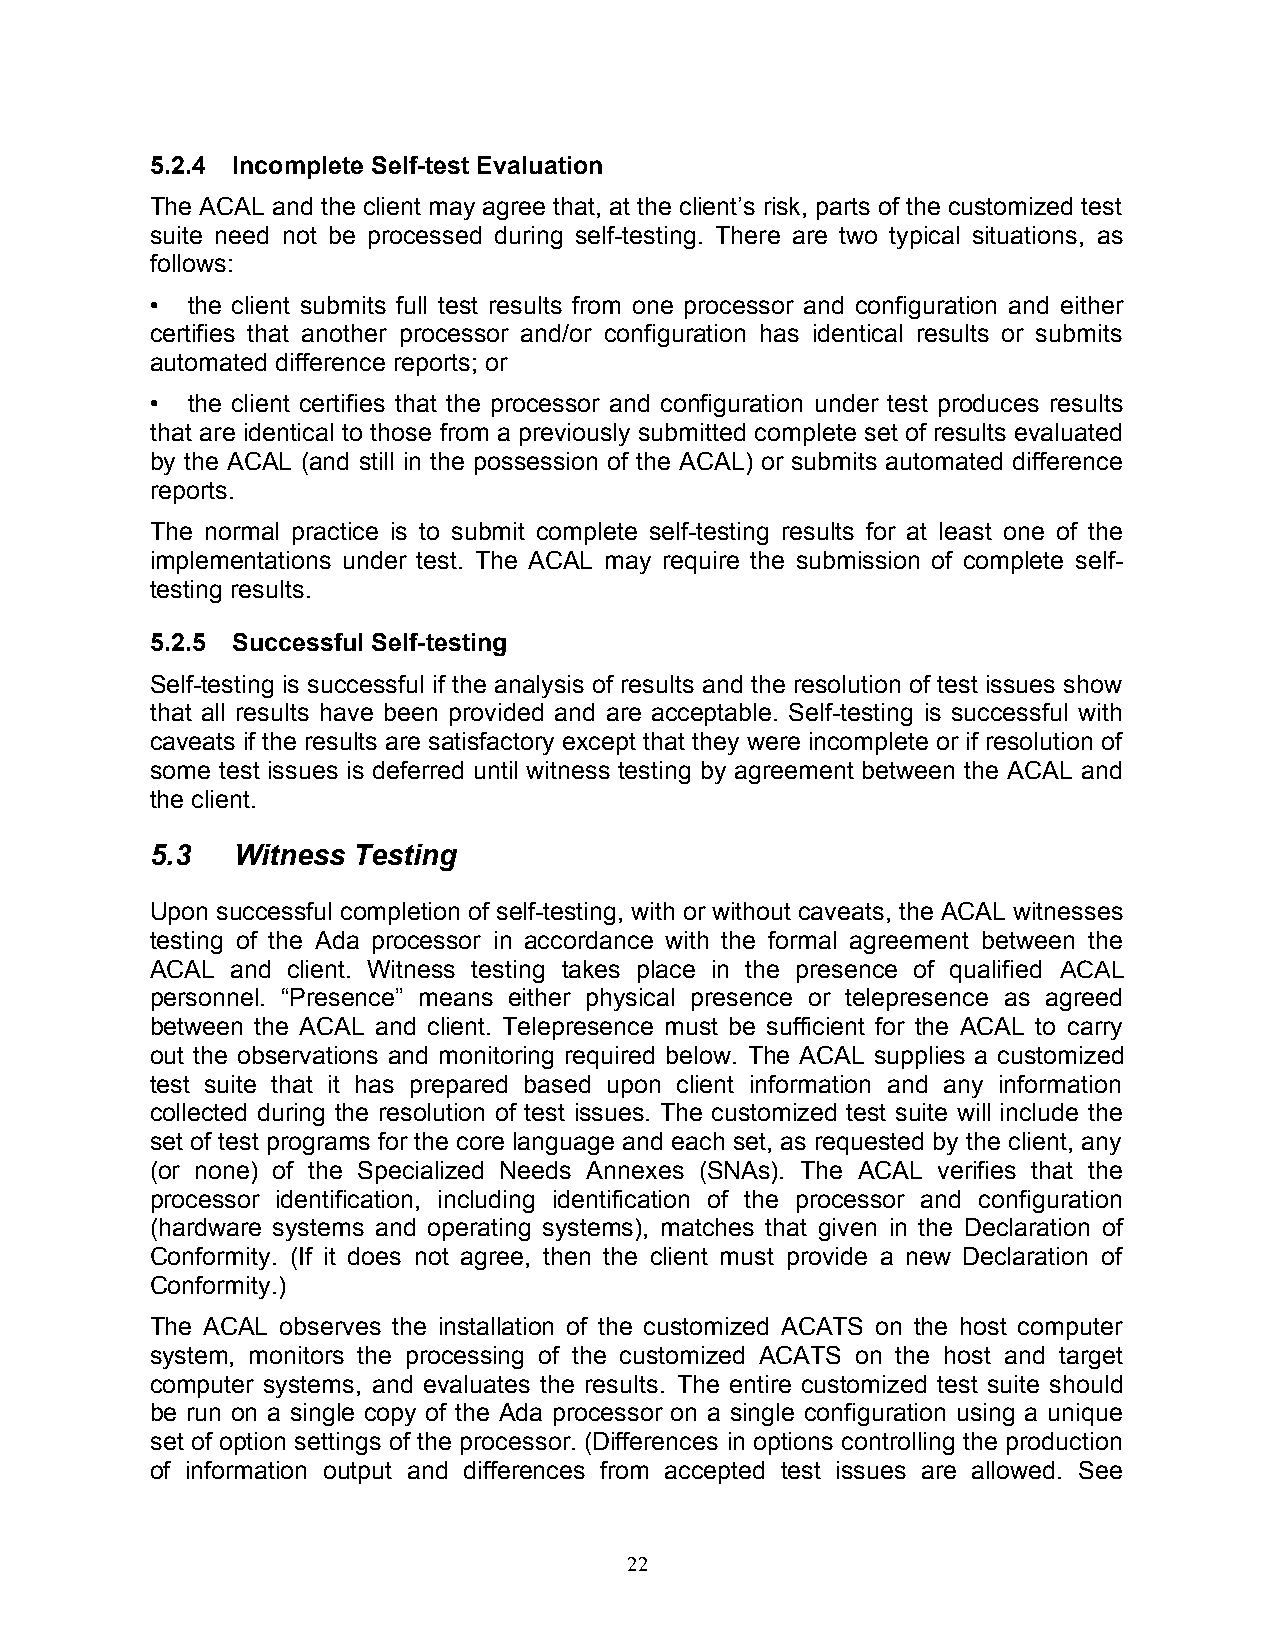
5.2.4 Incomplete Self-test Evaluation
 The ACAL and the client may agree that, at the client’s risk, parts of the customized test
 suite need not be processed during self-testing. There are two typical situations, as
 follows:
 • the client submits full test results from one processor and configuration and either
 certifies that another processor and/or configuration has identical results or submits
 automated difference reports; or
 • the client certifies that the processor and configuration under test produces results
 that are identical to those from a previously submitted complete set of results evaluated
 by the ACAL (and still in the possession of the ACAL) or submits automated difference
 reports.
 The normal practice is to submit complete self-testing results for at least one of the
 implementations under test. The ACAL may require the submission of complete self-
 testing results.
 5.2.5 Successful Self-testing
 Self-testing is successful if the analysis of results and the resolution of test issues show
 that all results have been provided and are acceptable. Self-testing is successful with
 caveats if the results are satisfactory except that they were incomplete or if resolution of
 some test issues is deferred until witness testing by agreement between the ACAL and
 the client.
 5.3  Witness Testing
 Upon successful completion of self-testing, with or without caveats, the ACAL witnesses
 testing of the Ada processor in accordance with the formal agreement between the
 ACAL and client. Witness testing takes place in the presence of qualified ACAL
 personnel. “Presence” means either physical presence or telepresence as agreed
 between the ACAL and client. Telepresence must be sufficient for the ACAL to carry
 out the observations and monitoring required below. The ACAL supplies a customized
 test suite that it has prepared based upon client information and any information
 collected during the resolution of test issues. The customized test suite will include the
 set of test programs for the core language and each set, as requested by the client, any
 (or none) of the Specialized Needs Annexes (SNAs). The ACAL verifies that the
 processor identification, including identification of the processor and configuration
 (hardware systems and operating systems), matches that given in the Declaration of
 Conformity. (If it does not agree, then the client must provide a new Declaration of
 Conformity.)
 The ACAL observes the installation of the customized ACATS on the host computer
 system, monitors the processing of the customized ACATS on the host and target
 computer systems, and evaluates the results. The entire customized test suite should
 be run on a single copy of the Ada processor on a single configuration using a unique
 set of option settings of the processor. (Differences in options controlling the production
 of information output and differences from accepted test issues are allowed. See
 22